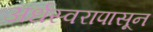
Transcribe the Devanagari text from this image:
अर्धस्वरापासून